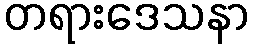
တရားဒေသနာ